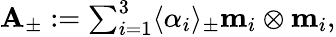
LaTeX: \begin{array}{r}{\mathbf{A}_{\pm}:=\sum_{i=1}^{3}\langle\alpha_{i}\rangle_{\pm}\mathbf{m}_{i}\otimes\mathbf{m}_{i},}\end{array}